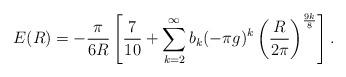
LaTeX: \begin{align*}E(R) = - \frac{\pi}{6R} \left[ {7\over 10} + \sum_{k=2}^{\infty} b_{k} (-\pi g)^{k} \left( \frac{R}{2 \pi} \right)^{\frac{9 k}{8}} \right].\end{align*}